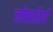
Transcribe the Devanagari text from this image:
लोतारियो